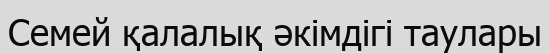
Семей қалалық әкімдігі таулары